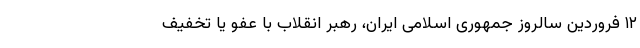
۱۲ فروردین سالروز جمهوری اسلامی ایران، رهبر انقلاب با عفو یا تخفیف